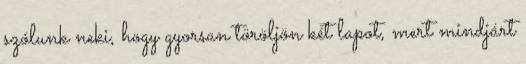
szólunk neki, hogy gyorsan töröljön két lapot, mert mindjárt